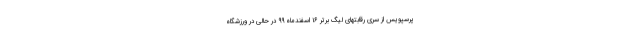
پرسپویس از سری رقابتهای لیگ برتر ۱۶ اسفندماه ۹۹ در حالی در ورزشگاه